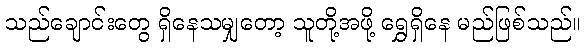
သည်ချောင်းတွေ ရှိနေသမျှတော့ သူတို့အဖို့ ရွှေရှိနေ မည်ဖြစ်သည်။